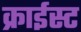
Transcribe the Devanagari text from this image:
क्राईस्ट